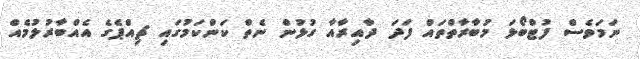
ނަމަވެސް ފުޓްބޯޅަ މުބާރާތްތައް ފަދަ ދާއިރާއާ ގުޅުން ނެތް ކަންކަމުގައި ޗިއްޕެގެ އެއްބާރުލުމެއް